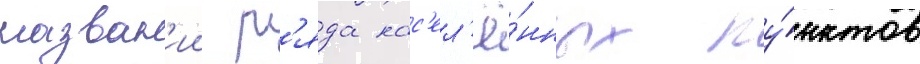
назван'ии р'яда нас'ел'ё́нных пу́нктов